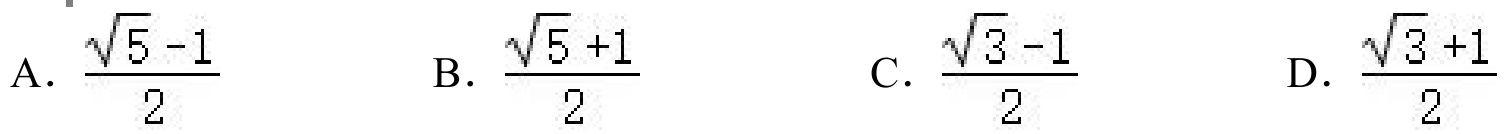
A. \(\frac{\sqrt{5}-1}{2}\)
B. \(\frac{\sqrt{5}+1}{2}\)
C. \(\frac{\sqrt{3}-1}{2}\)
D. \(\frac{\sqrt{3}+1}{2}\)